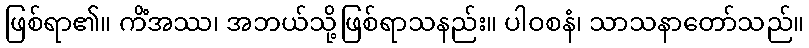
ဖြစ်ရာ၏။ ကိံအဿ၊ အဘယ်သို့ဖြစ်ရာသနည်း။ ပါဝစနံ၊ သာသနာတော်သည်။